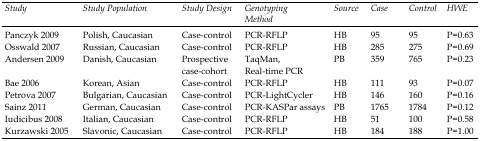
| Study | Study Population | Study Design | Genotyping Method | Source | Case | Control | HWE |
 | --- | --- | --- | --- | --- | --- | --- | --- |
 | Panczyk 2009 | Polish,Caucasian | Case-control | PCR-RFLP | HB | 95 | 95 | P=0.63 |
 | Osswald 2007 | Russian,Caucasian | Case-control | PCR-RFLP | HB | 285 | 275 | P=0.69 |
 | Andersen 2009 | Danish,Caucasian | Prospective case-cohort | TaqMan, Real-time PCR | PB | 359 | 765 | P=0.23 |
 | Bae 2006 | Korean,Asian | Case-control | PCR-RFLP | HB | 111 | 93 | P=0.07 |
 | Petrova 2007 | Bulgarian,Caucasian | Case-control | PCR-LightCycler | HB | 146 | 160 | P=0.16 |
 | Sainz 2011 | German,Caucasian | Case-control | PCR-KASPar assays | PB | 1765 | 1784 | P=0.12 |
 | Iudicibus 2008 | Italian,Caucasian | Case-control | PCR-RFLP | HB | 51 | 100 | P=0.58 |
 | Kurzawski 2005 | Slavonic,Caucasian | Case-control | PCR-RFLP | HB | 184 | 188 | P=1.00 |